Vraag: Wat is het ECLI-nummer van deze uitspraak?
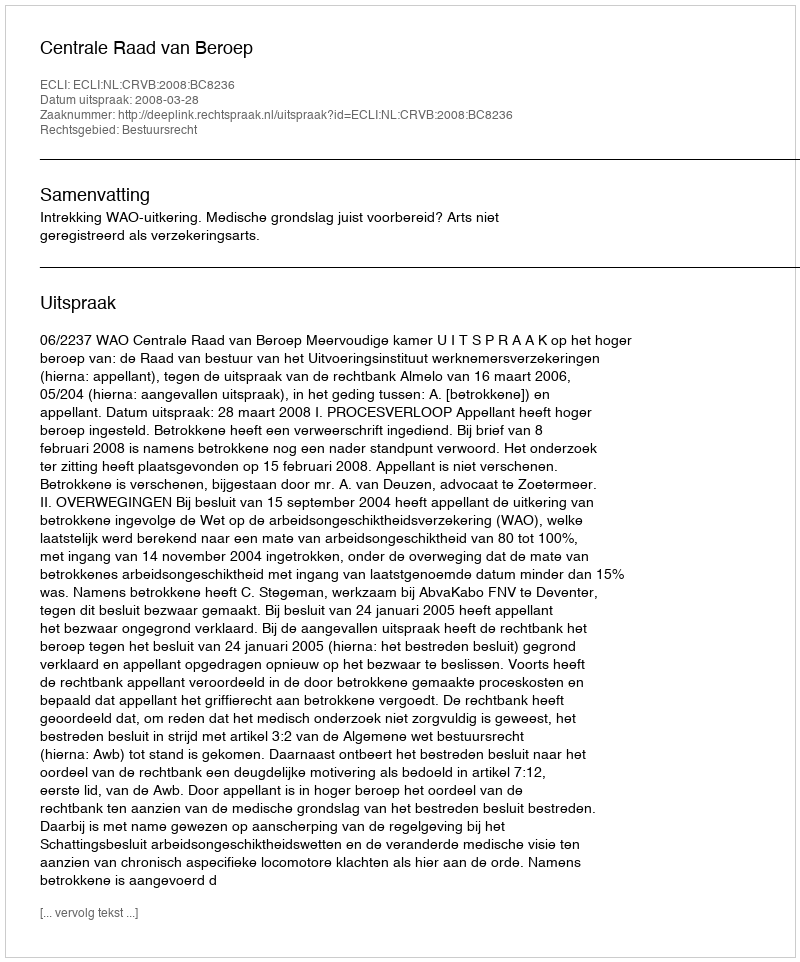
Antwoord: ECLI:NL:CRVB:2008:BC8236